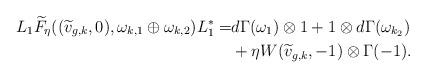
LaTeX: \begin{align*}L_1 \widetilde{F}_{\eta}( (\widetilde{v}_{g,k},0),\omega_{k,1}\oplus \omega_{k,2} ) L_1^*=& d\Gamma(\omega_1)\otimes 1+1\otimes d\Gamma(\omega_{k_2})\\&+ \eta W(\widetilde{v}_{g,k},-1)\otimes \Gamma(-1).\end{align*}